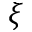
\xi